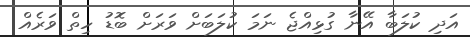
އަދި ކުލަބާ އޭނާ ގުޅިއްޖެ ނަމަ ކުލަބަށް ވަރަށް ބޮޑު ހިތް ވަރެއް